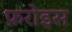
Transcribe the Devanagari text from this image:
फ़रोइस